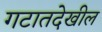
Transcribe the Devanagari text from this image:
गटातदेखील